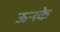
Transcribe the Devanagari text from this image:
ऊनके